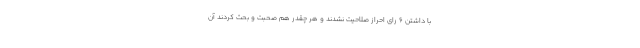
با داشتن 6 رای احراز صلاحیت نشدند و هر چقدر هم صحبت و بحث کردند آن